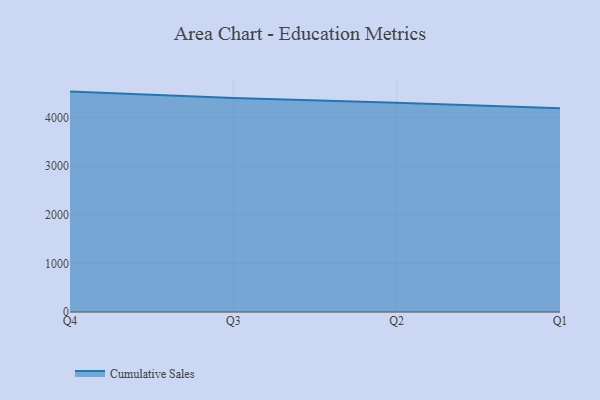
{"axis": {"x": "Quarter", "y": "Gross Profit (USD K)"}, "legend": ["Cumulative Sales"], "data": [{"x": "Q4", "y": 4532.4, "type": "Cumulative Sales"}, {"x": "Q3", "y": 4400.1, "type": "Cumulative Sales"}, {"x": "Q2", "y": 4302.8, "type": "Cumulative Sales"}, {"x": "Q1", "y": 4188.9, "type": "Cumulative Sales"}]}